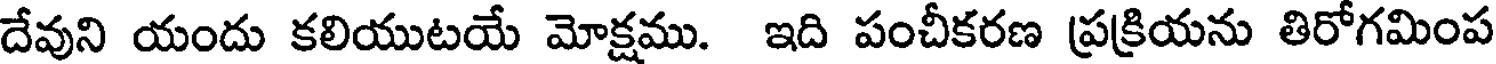
దేవుని యందు కలియుటయే మోక్షము. ఇది పంచీకరణ ప్రక్రియను తిరోగమింప